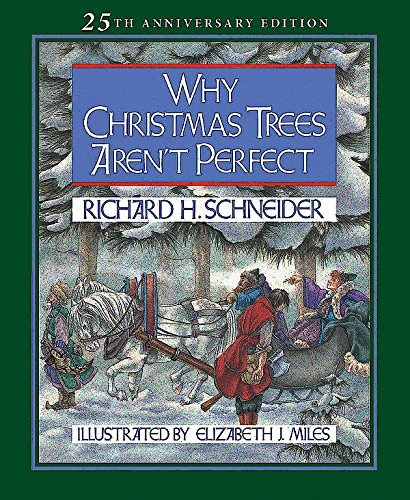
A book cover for Why Christmas Trees Aren't Perfect; Richard H. Schneider; Christian Books & Bibles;